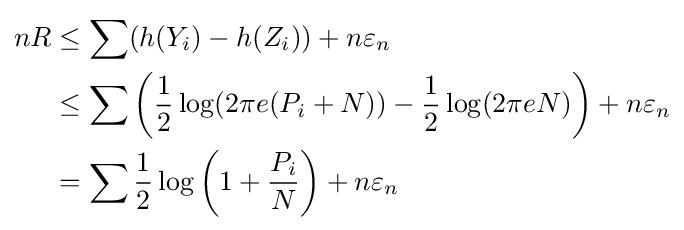
{\begin{aligned}nR&\leq \sum (h(Y_{i})-h(Z_{i}))+n\varepsilon _{n}\\&\leq \sum \left({\frac {1}{2}}\log(2\pi e(P_{i}+N))-{\frac {1}{2}}\log(2\pi eN)\right)+n\varepsilon _{n}\\&=\sum {\frac {1}{2}}\log \left(1+{\frac {P_{i}}{N}}\right)+n\varepsilon _{n}\end{aligned}}